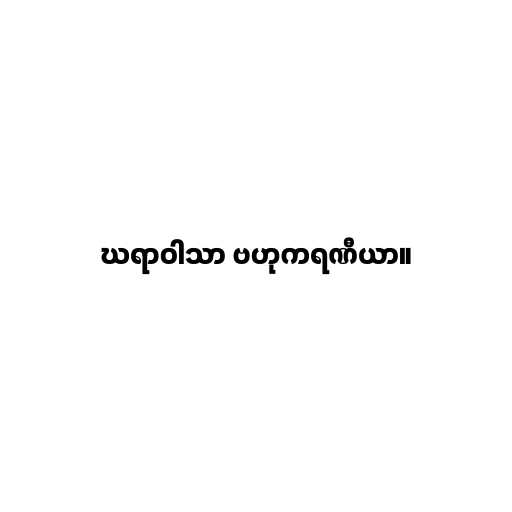
ဃရာဝါသာ ဗဟုကရဏီယာ။